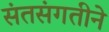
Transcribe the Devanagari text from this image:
संतसंगतीने